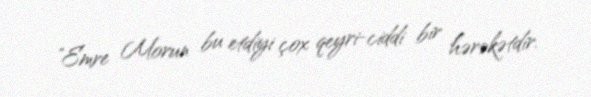
"Emre Morun bu etdiyi çox qeyri-ciddi bir hərəkətdir.